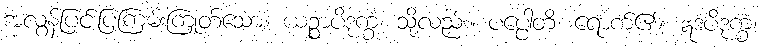
အလွန်ပြင်းပြကြမ်းကြုတ်သော။ ယဉ္စာပိဒုက္ခံ၊ သို့လည်း။ ပပ္ပေါတိ၊ ရောက်၏။ ဣဒံပိဒုက္ခံ၊